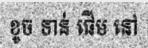
ខូច ទាន់ ផើម នៅ